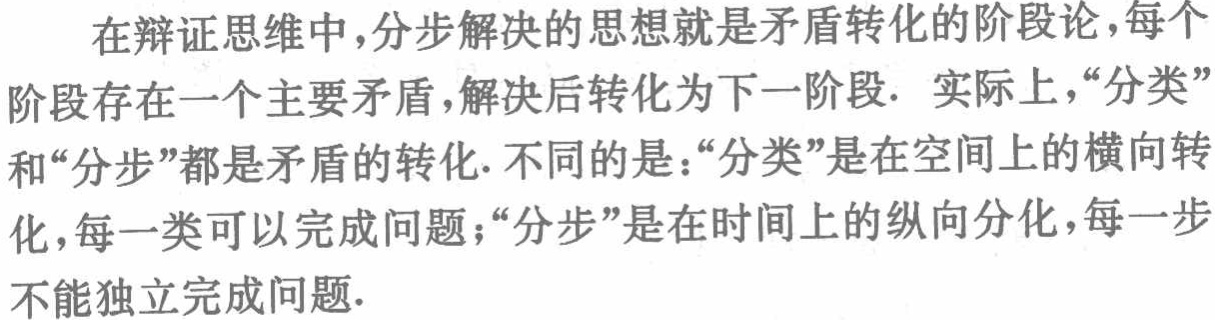
在辩证思维中,分步解决的思想就是矛盾转化的阶段论,每个
阶段存在一个主要矛盾,解决后转化为下一阶段. 实际上,“分类”
和“分步”都是矛盾的转化.不同的是：“分类”是在空间上的横向转
化,每一类可以完成问题；“分步”是在时间上的纵向分化,每一步
不能独立完成问题.